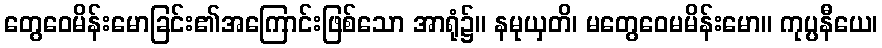
တွေဝေမိန်းမောခြင်း၏အကြောင်းဖြစ်သော အာရုံ၌။ နမုယှတိ၊ မတွေဝေမမိန်းမော။ ကုပ္ပနီယေ၊